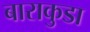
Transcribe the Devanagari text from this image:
बाराकुडा